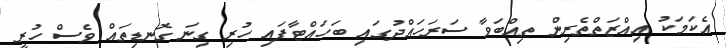
އެކަމަކު އިއްޒަތްތެރިން ތިއްބަވާ ސަރަހައްދުގައި ބަހައްޓާފައި ހުރި ގިނަ ގޮނޑިތައް ވެސް ހުރީ